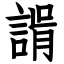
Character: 𧩑